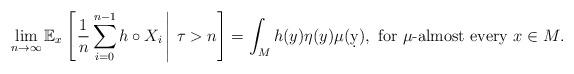
LaTeX: \begin{align*} \lim_{n\to\infty} \mathbb E_x\left[\left. \frac{1}{n}\sum_{i=0}^{n-1} h \circ X_i\, \right|\, \tau >n\right] = \int_M h(y) \eta(y) \mu(\d y), \mbox{ for $\mu$-almost every $x\in M$}. \end{align*}